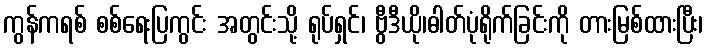
ကွန်ကရစ် စစ်ရေးပြကွင်း အတွင်းသို့ ရုပ်ရှင်၊ ဗွီဒီယို၊ဓါတ်ပုံရိုက်ခြင်းကို တားမြစ်ထားပြီး၊